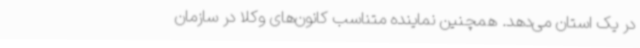
در یک استان می‌دهد. همچنین نماینده متناسب کانون‌های وکلا در سازمان